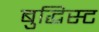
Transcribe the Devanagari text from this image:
बुद्धिस्ट